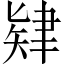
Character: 肄